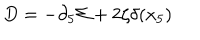
D = - \partial _ { 5 } \Sigma + 2 \zeta \delta ( x _ { 5 } )